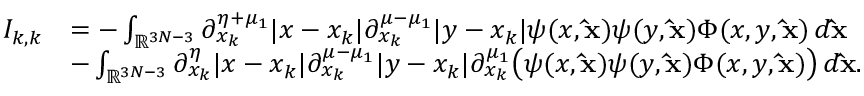
\begin{array} { r l } { I _ { k , k } } & { = - \int _ { \mathbb { R } ^ { 3 N - 3 } } \partial _ { x _ { k } } ^ { \eta + \mu _ { 1 } } | x - x _ { k } | \partial _ { x _ { k } } ^ { \mu - \mu _ { 1 } } | y - x _ { k } | \psi ( x , \mathbf { \hat { x } } ) \psi ( y , \mathbf { \hat { x } } ) \Phi ( x , y , \mathbf { \hat { x } } ) \, d \mathbf { \hat { x } } } \\ & { - \int _ { \mathbb { R } ^ { 3 N - 3 } } \partial _ { x _ { k } } ^ { \eta } | x - x _ { k } | \partial _ { x _ { k } } ^ { \mu - \mu _ { 1 } } | y - x _ { k } | \partial _ { x _ { k } } ^ { \mu _ { 1 } } \big ( \psi ( x , \mathbf { \hat { x } } ) \psi ( y , \mathbf { \hat { x } } ) \Phi ( x , y , \mathbf { \hat { x } } ) \big ) \, d \mathbf { \hat { x } } . } \end{array}